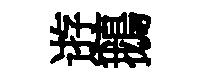
逰鵝